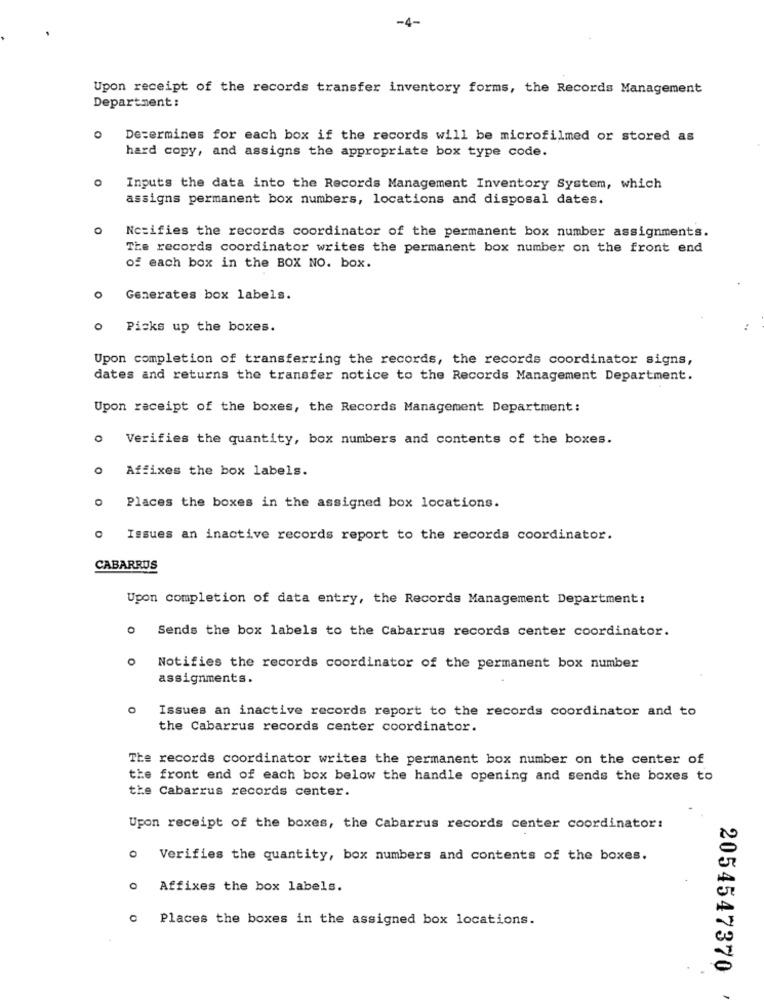
Upon receipt of the records transfer inventory forms, the Records Management
Department:
Determines for each box if the records will be microfilmed or stored as
hard copy, and assigns the appropriate box type code.
Inputs the data into the Records Management Inventory System, which
assigns permanent box numbers, locations and disposal dates.
0
Notifies the records coordinator of the permanent box number assignments.
The records coordinator writes the permanent box number on the front end
of each box in the BOX NO. box.
Generates box labels.
o Picks up the boxes.
Upon completion of transferring the records, the records coordinator signs,
dates and returns the transfer notice to the Records Management Department.
Upon receipt of the boxes, the Records Management Department:
o Verifies the quantity, box numbers and contents of the boxes.
o Affixes the box labels.
Places the boxes in the assigned box locations.
Issues an inactive records report to the records coordinator.
CABARRUS
Upon completion of data entry, the Records Management Department:
Sends the box labels to the Cabarrus records center coordinator.
Notifies the records coordinator of the permanent box number
assignments.
O
Issues an inactive records report to the records coordinator and to
the Cabarrus records center coordinator.
The records coordinator writes the permanent box number on the center of
the front end of each box below the handle opening and sends the boxes to
the Cabarrus records center.
Upon receipt of the boxes, the Cabarrus records center coordinator:
O
Verifies the quantity, box numbers and contents of the boxes.
o Affixes the box labels.
Places the boxes in the assigned box locations.
2054547370